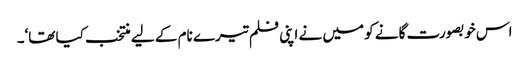
اس خوبصورت گانے کو میں نے اپنی فلم تیرے نام کے لیے منتخب کیا تھا‘۔